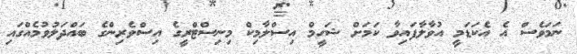
ނަމަވެސް އެ އެކަޑަމީ އުވާލާފައިވާ ކަމަށް ޝަހީމް އިސްލާމިކް މިނިސްޓްރީގެ އިސްވެރިންގެ ބައްދަލުވުމެއްގައި